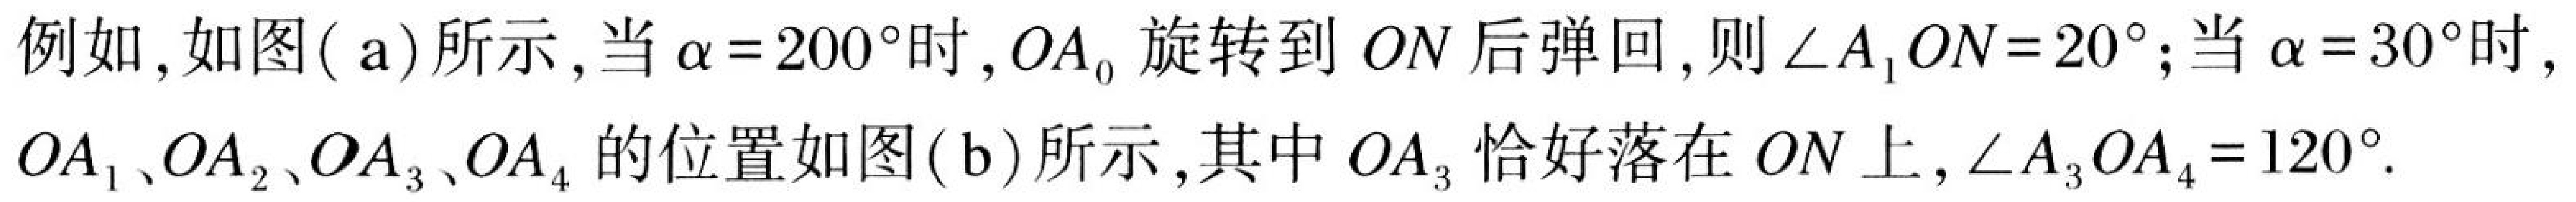
例如，如图( a) 所示，当$\alpha = 200^{\circ}$时，$OA_{0}$旋转到$ON$后弹回，则$\angle A_{1}ON = 20^{\circ}$；当$\alpha = 30^{\circ}$时，$OA_{1}$、$OA_{2}$、$OA_{3}$、$OA_{4}$的位置如图( b) 所示，其中$OA_{3}$恰好落在$ON$上，$\angle A_{3}OA_{4}=120^{\circ}$.